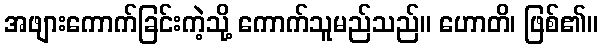
အဖျားကောက်ခြင်းကဲ့သို့ ကောက်သူမည်သည်။ ဟောတိ၊ ဖြစ်၏။